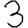
Digit: 3